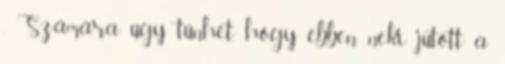
. Számára úgy tűnhet, hogy ebben neki jutott a